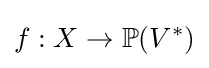
f:X\to \mathbb {P} (V^{*})